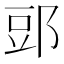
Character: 郖